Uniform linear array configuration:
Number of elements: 32
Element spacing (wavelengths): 1
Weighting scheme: hann
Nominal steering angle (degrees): -45
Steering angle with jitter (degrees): -46.08
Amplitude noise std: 0.05
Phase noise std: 0.05

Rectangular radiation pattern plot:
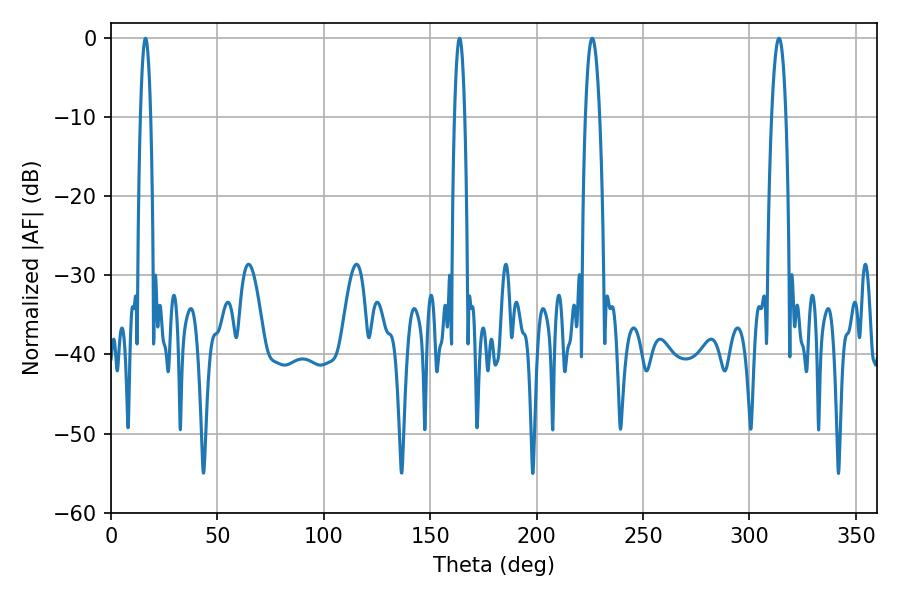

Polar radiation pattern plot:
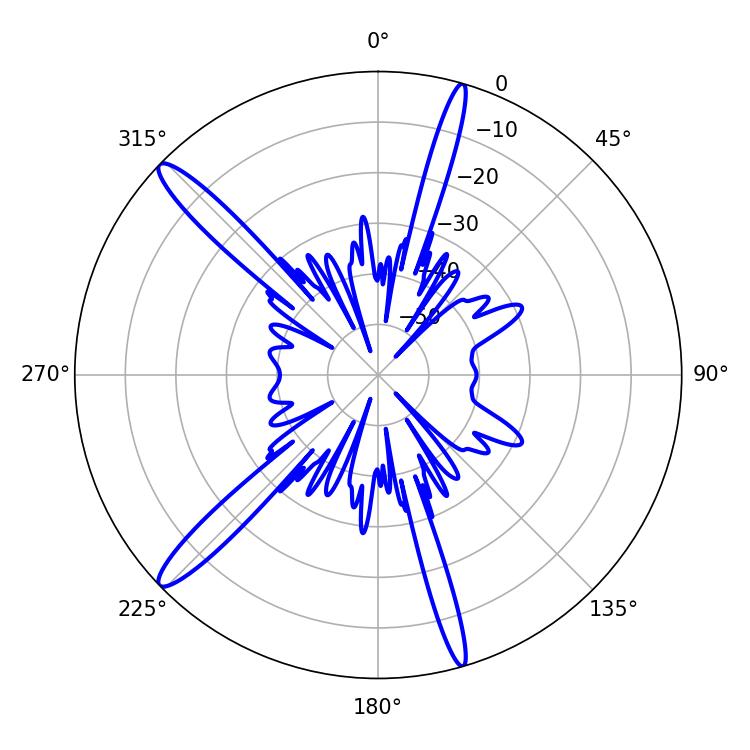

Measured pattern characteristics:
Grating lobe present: TRUE
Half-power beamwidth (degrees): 2.52
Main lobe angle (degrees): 16.2